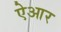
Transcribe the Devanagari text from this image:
ऐआर